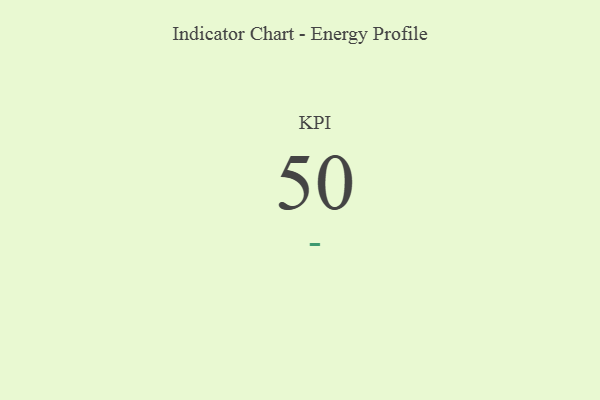
{"axis": {"x": "KPI", "y": "Value"}, "legend": [""], "data": [{"x": "KPI", "y": 50, "type": ""}]}